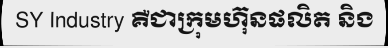
SY Industry គឺជាក្រុមហ៊ុនផលិត និង